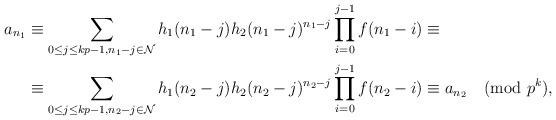
LaTeX: \begin{align*}a_{n_1} & \equiv \sum_{0\leq j\leq kp-1, n_1-j\in\cal{N}} h_1(n_1-j)h_2(n_1-j)^{n_1-j} \prod_{i=0}^{j-1} f(n_1-i) \equiv \\& \equiv \sum_{0\leq j\leq kp-1, n_2-j\in\cal{N}} h_1(n_2-j)h_2(n_2-j)^{n_2-j} \prod_{i=0}^{j-1} f(n_2-i) \equiv a_{n_2} \pmod{p^k},\end{align*}